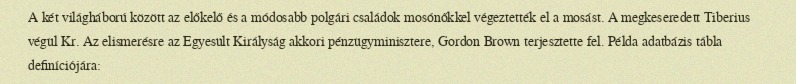
A két világháború között az előkelő és a módosabb polgári családok mosónőkkel végeztették el a mosást. A megkeseredett Tiberius végül Kr. Az elismerésre az Egyesült Királyság akkori pénzügyminisztere, Gordon Brown terjesztette fel. Példa adatbázis tábla definíciójára: